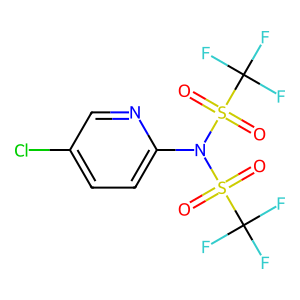
SMILES: O=S(=O)(N(c1ccc(Cl)cn1)S(=O)(=O)C(F)(F)F)C(F)(F)F
Inhibits HIV replication: No